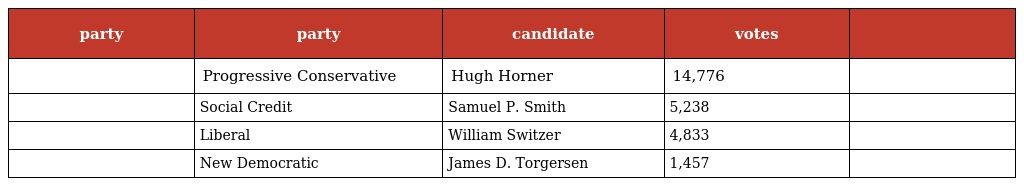
| party | party | candidate | votes |  |
 | --- | --- | --- | --- | --- |
 |  | Progressive Conservative | Hugh Horner | 14,776 |  |
 |  | Social Credit | Samuel P. Smith | 5,238 |  |
 |  | Liberal | William Switzer | 4,833 |  |
 |  | New Democratic | James D. Torgersen | 1,457 |  |